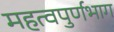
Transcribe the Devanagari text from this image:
महत्वपुर्णभाग